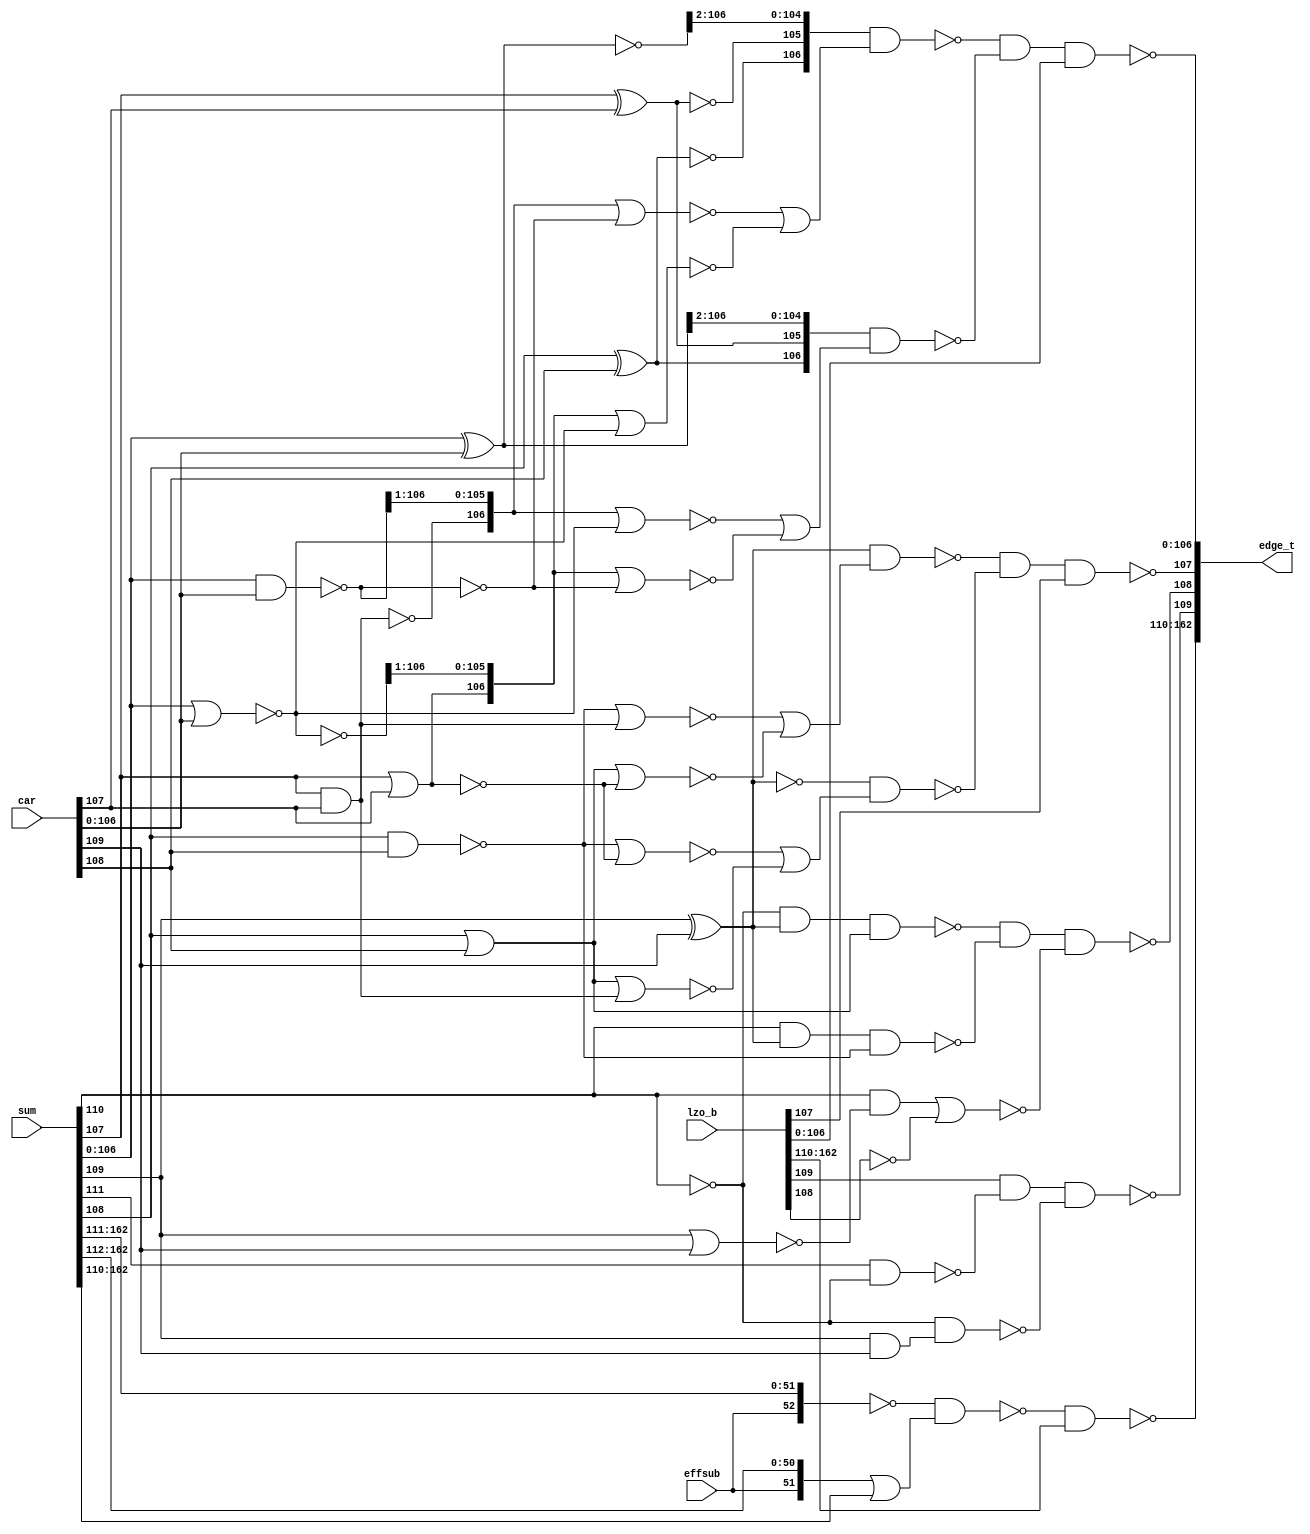
module fu_lza_ej(
   effsub,
   sum,
   car,
   lzo_b,
   edge_t
);
   input          effsub;
   input [0:162]  sum;
   input [53:162] car;
   input [0:162]  lzo_b;
   output [0:162] edge_t;

   //  generic 3 bit edge ::
   //  P G !Z
   //  P Z !G
   // !P G !G
   // !P Z !Z


   parameter      tiup = 1'b1;
   parameter      tidn = 1'b0;

   wire [0:52]    x0;
   wire [0:52]    x1;
   wire [0:52]    x2;
   wire [0:52]    x1_b;
   wire [0:52]    ej_b;
   wire [53:162]  g_b;
   wire [53:162]  z;
   wire [53:162]  p;
   wire [53:162]  g;
   wire [53:162]  z_b;
   wire [53:162]  p_b;
   wire           sum_52_b;
   wire           lzo_54;
   wire [55:162]  gz;
   wire [55:162]  zg;
   wire [55:162]  gg;
   wire [55:162]  zz;
   wire [53:162]  e0_b;
   wire [53:162]  e1_b;
   wire [54:54]   e2_b;
   wire           unused;

   // these are different heights for different bits ... place them as seperate columns
   // for 0 :52
   // for 53
   // for 54
   // for 55
   // for 56:162

   assign unused = g[54] | z_b[53] | z_b[162] | p_b[161] | p_b[162];

   //-------------------------------------------
   // (0:52) only one data input
   //-------------------------------------------

   assign x0[0:52] = {tidn, effsub, sum[0:50]};		// just a rename
   assign x1[0:52] = {effsub, sum[0:51]};		// just a rename
   assign x2[0:52] = sum[0:52];		// just a rename

   assign x1_b[0:52] = (~x1[0:52]);
   assign ej_b[0:52] = (~(x1_b[0:52] & (x0[0:52] | x2[0:52])));
   assign edge_t[0:52] = (~(ej_b[0:52] & lzo_b[0:52]));

   //-----------------------------------------------------------------
   // (53) psuedo bit
   //-----------------------------------------------------------------

   assign g_b[53] = (~(sum[53] & car[53]));
   assign z[53] = (~(sum[53] | car[53]));
   assign p[53] = (sum[53] ^ car[53]);

   assign g[53] = (~(g_b[53]));
   assign z_b[53] = (~(z[53]));		//UNUSED
   assign p_b[53] = (~(p[53]));
   assign sum_52_b = (~(sum[52]));

   assign e0_b[53] = (~(sum[51] & sum_52_b));
   assign e1_b[53] = (~(sum_52_b & g[53]));
   assign edge_t[53] = (~(lzo_b[53] & e0_b[53] & e1_b[53]));		//output

   //-----------------------------------------------------------------
   // (54) pseudo bit + 1
   //-----------------------------------------------------------------

   assign g_b[54] = (~(sum[54] & car[54]));
   assign z[54] = (~(sum[54] | car[54]));
   assign p[54] = (sum[54] ^ car[54]);

   assign g[54] = (~(g_b[54]));		//UNUSED
   assign z_b[54] = (~(z[54]));
   assign p_b[54] = (~(p[54]));

   assign lzo_54 = (~lzo_b[54]);

   assign e0_b[54] = (~(sum_52_b & p[53] & z_b[54]));		//really is p54 (demotes to z54)
   assign e1_b[54] = (~(sum[52] & p[53] & g_b[54]));		//really is p54 (demotes to z54)
   assign e2_b[54] = (~((sum[52] & z[53]) | lzo_54));
   assign edge_t[54] = (~(e0_b[54] & e1_b[54] & e2_b[54]));		//output

   //-----------------------------------------------------------------
   // (55) pseudo bit + 2
   //-----------------------------------------------------------------

   assign g_b[55] = (~(sum[55] & car[55]));
   assign z[55] = (~(sum[55] | car[55]));
   assign p[55] = (sum[55] ^ car[55]);

   assign g[55] = (~(g_b[55]));
   assign z_b[55] = (~(z[55]));
   assign p_b[55] = (~(p[55]));

   assign gz[55] = (~(g_b[54] | z[55]));
   assign zg[55] = (~(z_b[54] | g[55]));
   assign gg[55] = (~(g_b[54] | g[55]));
   assign zz[55] = (~(z_b[54] | z[55]));

   assign e1_b[55] = (~(p_b[53] & (gz[55] | zg[55])));		// P is flipped for psuedo bit
   assign e0_b[55] = (~(p[53] & (gg[55] | zz[55])));		// P is flipped for psuedo bit
   assign edge_t[55] = (~(e0_b[55] & e1_b[55] & lzo_b[55]));		//output

   //-----------------------------------------------------------------
   // (56:162) normal 2 input edge_t
   //-----------------------------------------------------------------

   assign g_b[56:162] = (~(sum[56:162] & car[56:162]));
   assign z[56:162] = (~(sum[56:162] | car[56:162]));
   assign p[56:162] = (sum[56:162] ^ car[56:162]);

   assign g[56:162] = (~(g_b[56:162]));
   assign z_b[56:162] = (~(z[56:162]));		//162 unused
   assign p_b[56:162] = (~(p[56:162]));		//161,162 unused

   assign gz[56:162] = (~(g_b[55:161] | z[56:162]));
   assign zg[56:162] = (~(z_b[55:161] | g[56:162]));
   assign gg[56:162] = (~(g_b[55:161] | g[56:162]));
   assign zz[56:162] = (~(z_b[55:161] | z[56:162]));

   assign e1_b[56:162] = (~(p[54:160] & (gz[56:162] | zg[56:162])));
   assign e0_b[56:162] = (~(p_b[54:160] & (gg[56:162] | zz[56:162])));
   assign edge_t[56:162] = (~(e0_b[56:162] & e1_b[56:162] & lzo_b[56:162]));		//output

endmodule